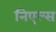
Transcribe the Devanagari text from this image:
निएल्स